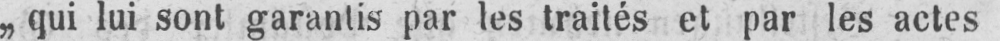
„ qui lui sont garantis par les traités et par les actes